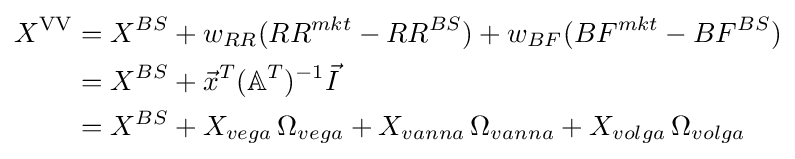
{\begin{aligned}X^{\rm {VV}}&=X^{BS}+w_{RR}({RR}^{mkt}-{RR}^{BS})+w_{BF}({BF}^{mkt}-{BF}^{BS})\\&=X^{BS}+{\vec {x}}^{T}(\mathbb {A} ^{T})^{-1}{\vec {I}}\\&=X^{BS}+X_{vega}\,\Omega _{vega}+X_{vanna}\,\Omega _{vanna}+X_{volga}\,\Omega _{volga}\\\end{aligned}}